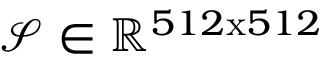
\mathcal { S } \in \mathbb { R } ^ { 5 1 2 \mathrm { x } 5 1 2 }